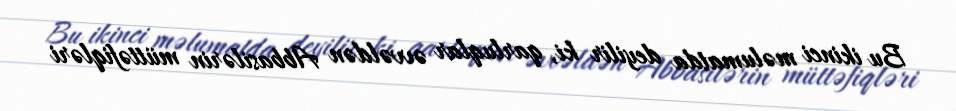
Bu ikinci məlumatda deyilir ki, qarluqlar əvvəldən Abbasilərin müttəfiqləri